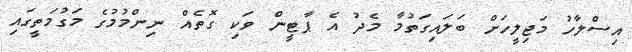
އިސްލާހު މަޖިލީހަށް ބަލައިގަތުމާ މެދު އެ ޕާޓީން ވަކި ގޮތެއް ނިންމުމުގެ މަގުމަތީގައި